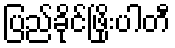
ပြည်ခိုင်ဖြိုးပါတီ